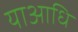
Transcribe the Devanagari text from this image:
याआधि